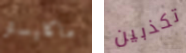
ماكليستر تكذبين